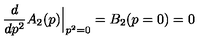
\frac { d } { d p ^ { 2 } } A _ { 2 } ( p ) \Big | _ { p ^ { 2 } = 0 } = B _ { 2 } ( p = 0 ) = 0